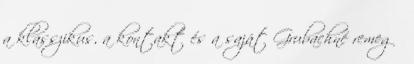
a klasszikus, a kontakt és a saját Grubachné remegő